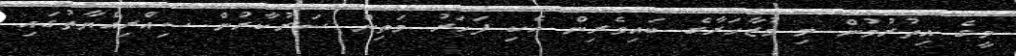
މީގެ އިތުރުމުން މި މުޒާހަރާގެ ބައިވެރިން އެކި ފަހަރު މަތިން ސަރުކާރުން ސިއްރިއްޔާތުގައި